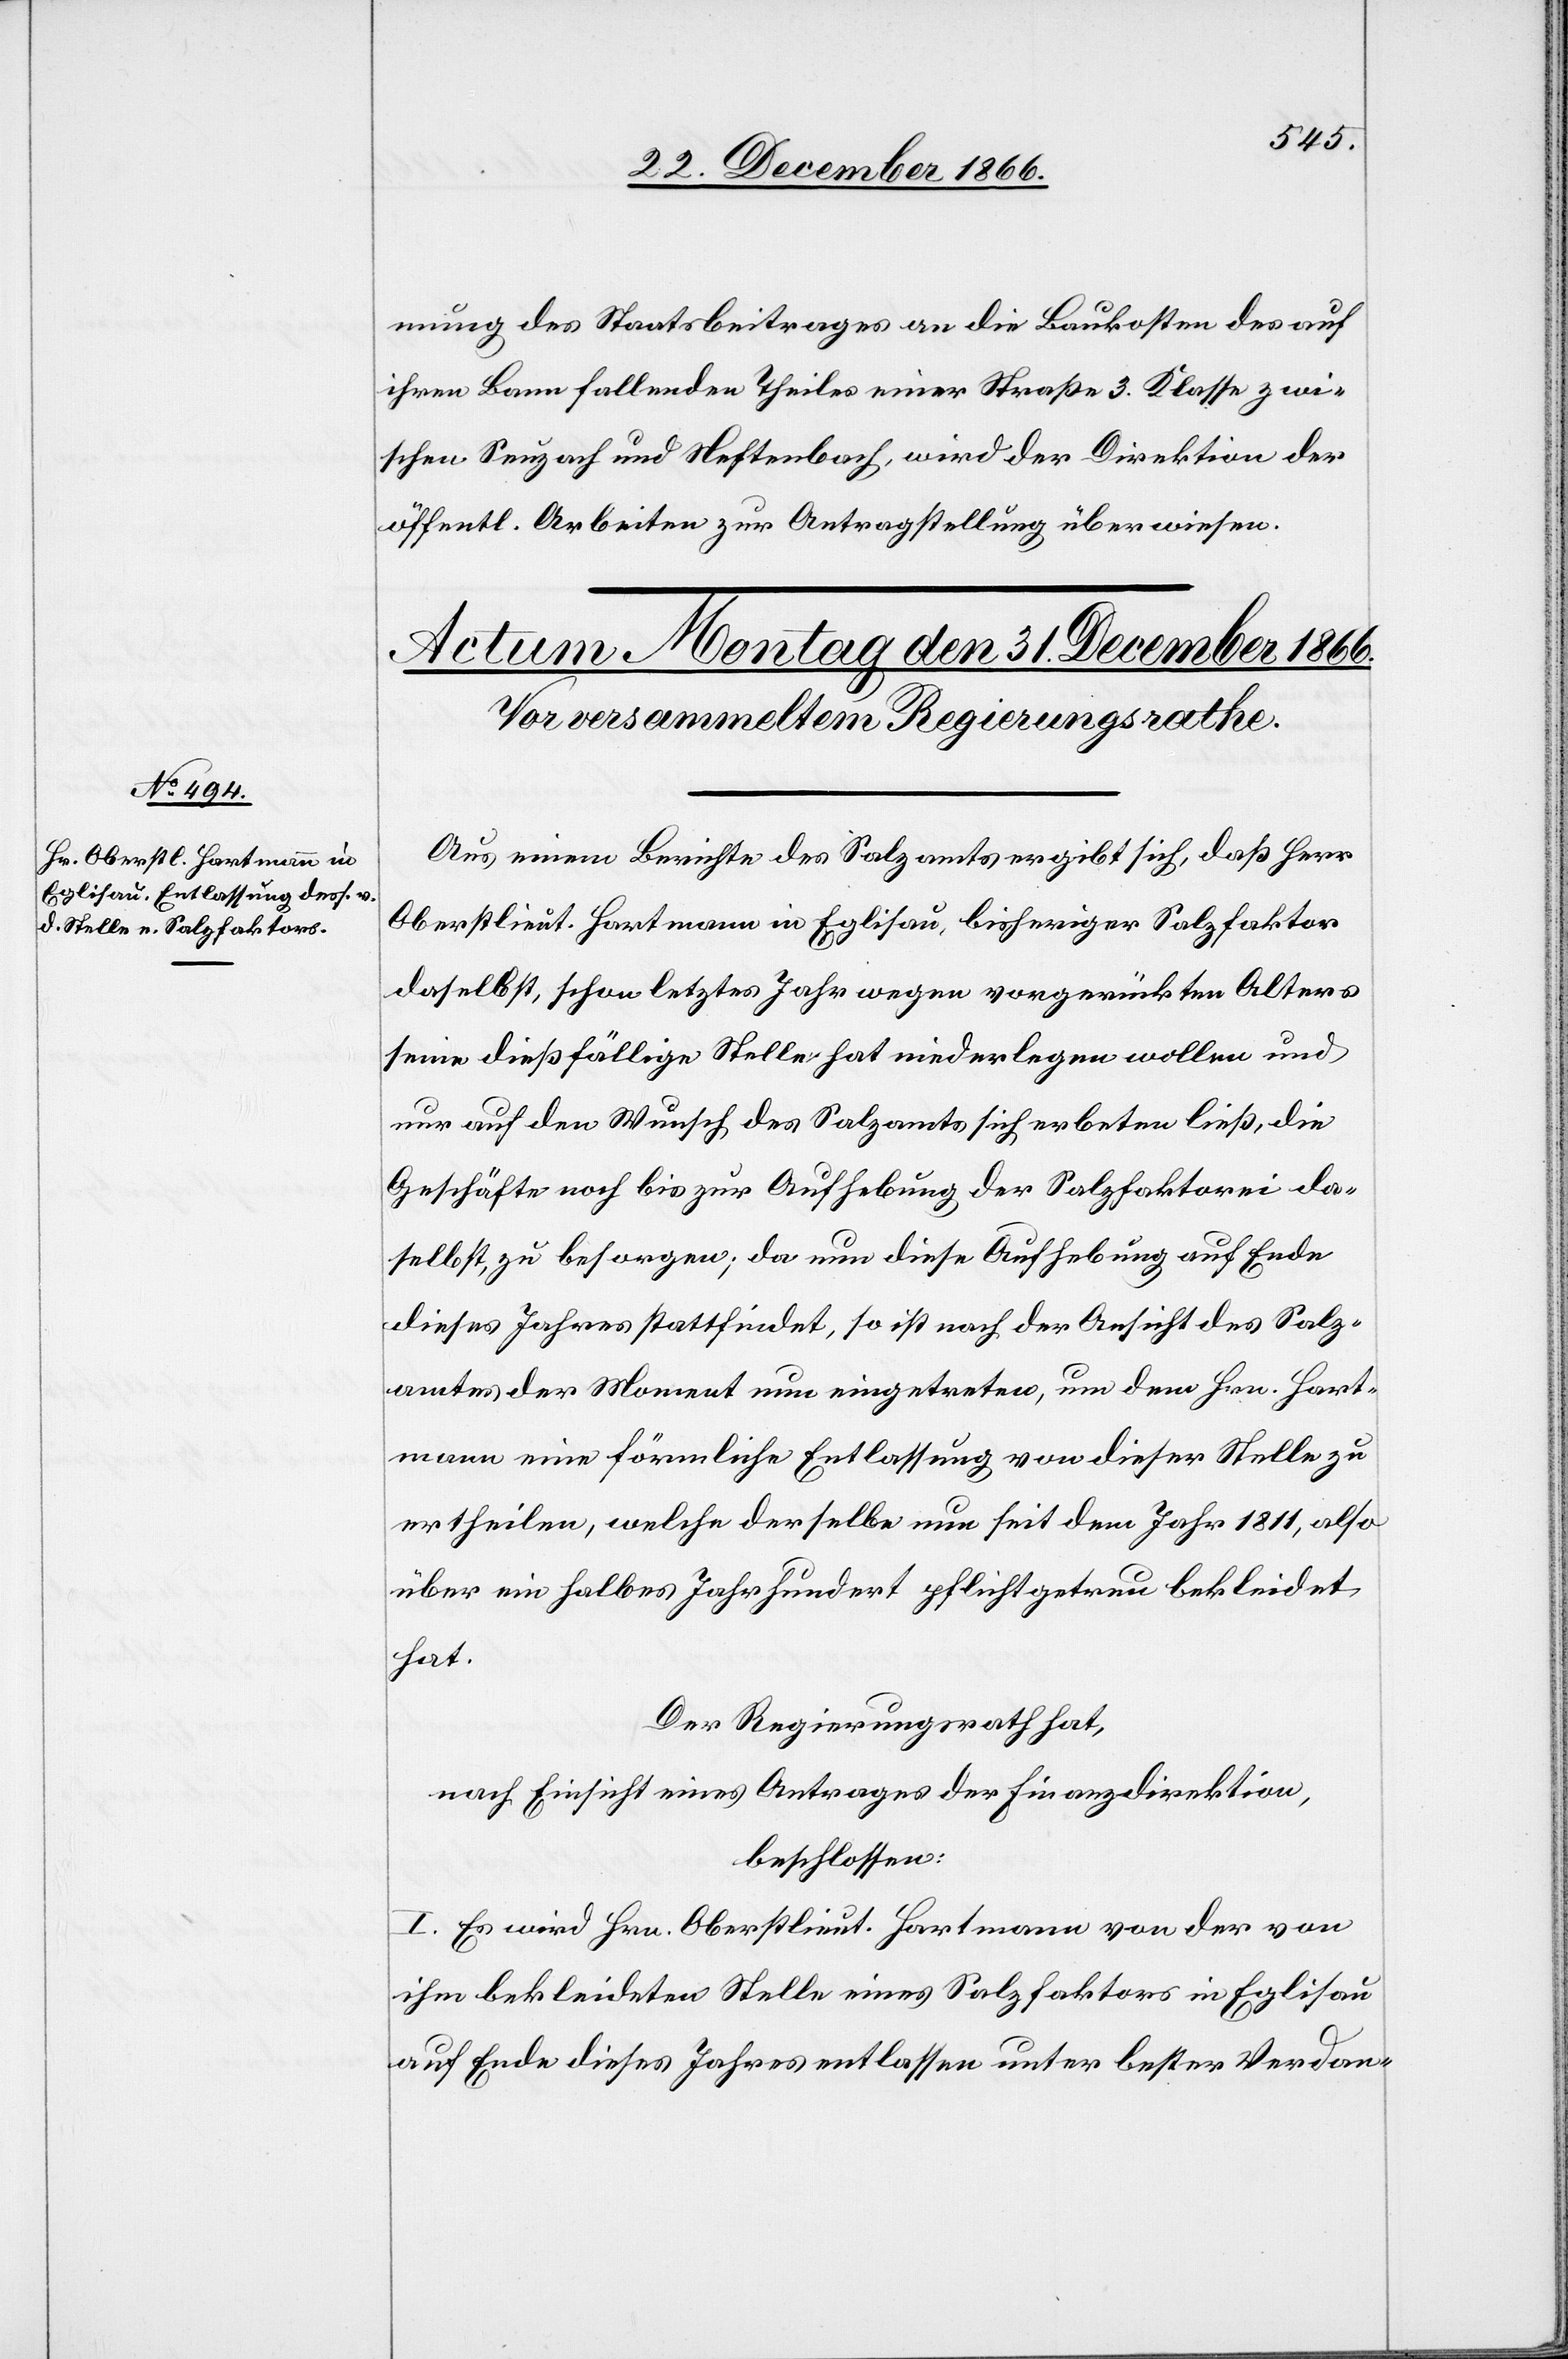
mung des Staatsbeitrages an die Baukosten des auf
ihren Bann fallenden Theiles einer Straße 3. Klasse zwi¬
schen Seuzach und Neftenbach, wird der Direktion der
öffentl. Arbeiten zur Antragstellung überwiesen.
Aus einem Berichte des Salzamts ergibt sich, daß Herr
Oberstlieut. Hartmann in Eglisau, bisheriger Salzfaktor
daselbst, schon letztes Jahr wegen vorgerückten Alters
seine dießfällige Stelle hat niederlegen wollen und
nur auf den Wunsch des Salzamts sich erbeten ließ, die
Geschäfte noch bis zur Aufhebung der Salzfaktorei da¬
selbst, zu besorgen; da nun diese Aufhebung auf Ende
dieses Jahres stattfindet, so ist nach der Ansicht des Salz¬
amtes der Moment nun eingetreten, um dem Hrn. Hart¬
mann eine förmliche Entlassung von dieser Stelle zu
ertheilen, welche derselbe nun seit dem Jahr 1811, also
über ein halbes Jahrhundert pflichtgetreu bekleidet
hat.
Der Regierungsrath hat,
nach Einsicht eines Antrages der Finanzdirektion,
beschlossen:
I. Es wird Hrn. Oberstlieut. Hartmann von der von
ihm bekleideten Stelle eines Salzfaktors in Eglisau
auf Ende dieses Jahres entlassen unter bester Verdan-